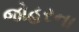
જોહરના